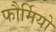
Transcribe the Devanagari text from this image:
फौर्मियो